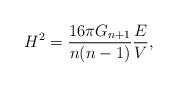
\begin{align*}H^2 = \frac{16\pi G_{n+1}}{n(n-1)}\frac{E}{V},\end{align*}